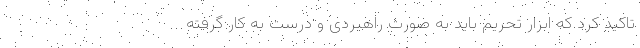
تاکید کرد که ابزار تحریم باید به صورت راهبردی و درست به کار گرفته